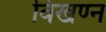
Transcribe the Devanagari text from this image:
विखण्न